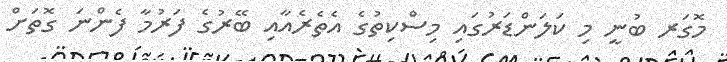
މޮގަރ ބުނީ މި ކަލަންޑަރުގައި މިސްކިތުގެ އެތެރެއާއި ބޭރުގެ ފަރުމާ ފެންނަ ގޮތަށް